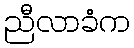
ညီလာခံက